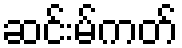
ဆင်းမ်ကတ်